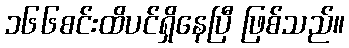
၁၆၆စင်းထိပင်ရှိနေပြီ ဖြစ်သည်။